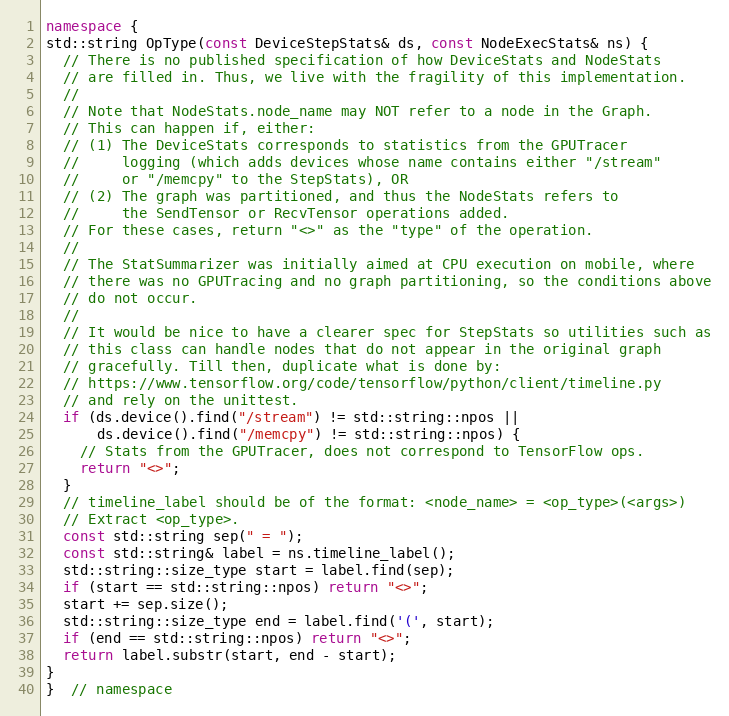
Language: C++
namespace {
std::string OpType(const DeviceStepStats& ds, const NodeExecStats& ns) {
  // There is no published specification of how DeviceStats and NodeStats
  // are filled in. Thus, we live with the fragility of this implementation.
  //
  // Note that NodeStats.node_name may NOT refer to a node in the Graph.
  // This can happen if, either:
  // (1) The DeviceStats corresponds to statistics from the GPUTracer
  //     logging (which adds devices whose name contains either "/stream"
  //     or "/memcpy" to the StepStats), OR
  // (2) The graph was partitioned, and thus the NodeStats refers to
  //     the SendTensor or RecvTensor operations added.
  // For these cases, return "<>" as the "type" of the operation.
  //
  // The StatSummarizer was initially aimed at CPU execution on mobile, where
  // there was no GPUTracing and no graph partitioning, so the conditions above
  // do not occur.
  //
  // It would be nice to have a clearer spec for StepStats so utilities such as
  // this class can handle nodes that do not appear in the original graph
  // gracefully. Till then, duplicate what is done by:
  // https://www.tensorflow.org/code/tensorflow/python/client/timeline.py
  // and rely on the unittest.
  if (ds.device().find("/stream") != std::string::npos ||
      ds.device().find("/memcpy") != std::string::npos) {
    // Stats from the GPUTracer, does not correspond to TensorFlow ops.
    return "<>";
  }
  // timeline_label should be of the format: <node_name> = <op_type>(<args>)
  // Extract <op_type>.
  const std::string sep(" = ");
  const std::string& label = ns.timeline_label();
  std::string::size_type start = label.find(sep);
  if (start == std::string::npos) return "<>";
  start += sep.size();
  std::string::size_type end = label.find('(', start);
  if (end == std::string::npos) return "<>";
  return label.substr(start, end - start);
}
}  // namespace